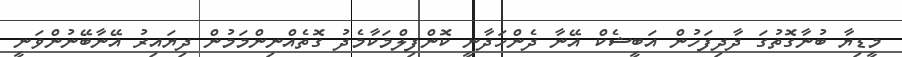
މީޑިޔާ ބުނާގޮތުގަ ދާދިފަހުން އަބީޝެކް އޭނާ ދެންހަދާނީ ކޮންފިލްމަކާމެދު ގޮތެއްނިންމަމުން ދިޔައިރު އޭނާބޭނުންވަނީ